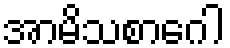
အာမိသစာဂေါ